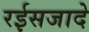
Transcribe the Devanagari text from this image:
रईसजादे